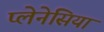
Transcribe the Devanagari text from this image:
प्लेनेसिया